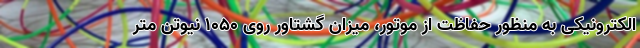
الکترونیکی به منظور حفاظت از موتور، میزان گشتاور روی 1050 نیوتن متر